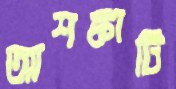
আশঙ্কাটি